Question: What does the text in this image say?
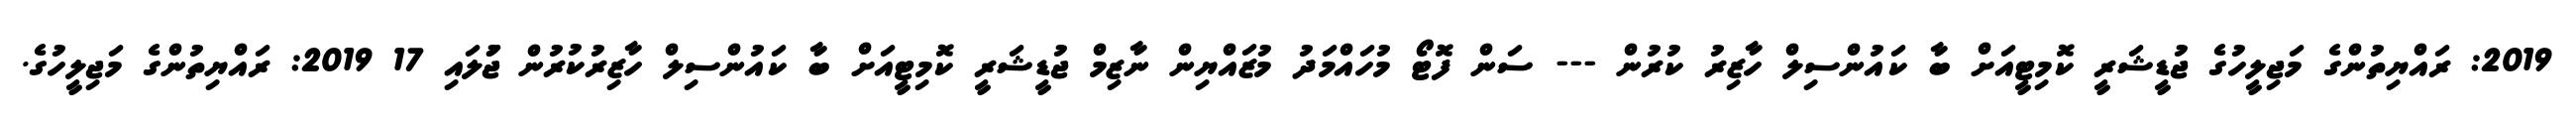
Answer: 2019: ރައްޔިތުންގެ މަޖިލީހުގެ ޖުޑީޝަރީ ކޮމިޓީއަށް ބާ ކައުންސިލް ހާޒިރު ކުރުން --- ސަން ފޮޓޯ މުހައްމަދު މުޒައްޔިން ނާޒިމް ޖުޑީޝަރީ ކޮމިޓީއަށް ބާ ކައުންސިލް ހާޒިރުކުރުން ޖުަލައި 17 2019: ރައްޔިތުންގެ މަޖިލީހުގެ.